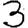
Digit: 3